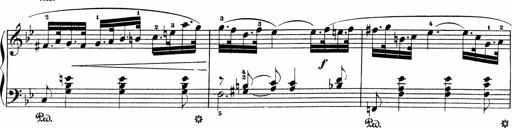
Title: Sonatinen Op.47, 98 und 136, nebst 6 Liedersonatinen
Composer: Carl Reinecke